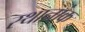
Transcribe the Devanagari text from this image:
स्थानांक